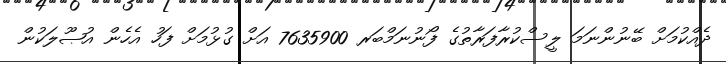
ދެއްކުމަށް ބޭނުންނަމަ ލީސްކުރާފަރާތުގެ ފޯނުނަމްބަރ 7635900 އަށް ގުޅުމަށް ފަހު އެހެން އުޞޫލަކުން